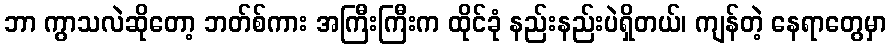
ဘာ ကွာသလဲဆိုတော့ ဘတ်စ်ကား အကြီးကြီးက ထိုင်ခုံ နည်းနည်းပဲရှိတယ်၊ ကျန်တဲ့ နေရာတွေမှာ